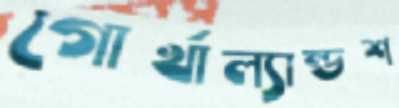
গোর্খাল্যান্ডশ